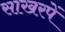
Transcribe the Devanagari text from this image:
साखरपें